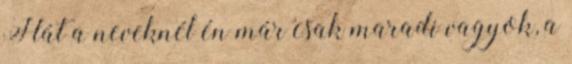
Hát a neveknél én már csak maradi vagyok, a